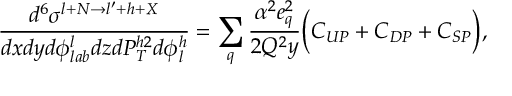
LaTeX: \frac { d ^ { 6 } \sigma ^ { l + N \rightarrow l ^ { \prime } + h + X } } { d x d y d \phi _ { l a b } ^ { l } d z d P _ { T } ^ { h 2 } d \phi _ { l } ^ { h } } = \sum _ { q } \frac { \alpha ^ { 2 } e _ { q } ^ { 2 } } { 2 Q ^ { 2 } y } \biggl ( C _ { U P } + C _ { D P } + C _ { S P } \biggr ) ,